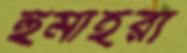
হুমাইরা